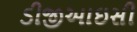
ડીજીઆઇસી